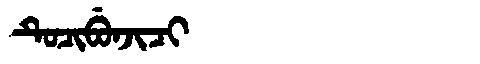
Manchu: ᡨᡠᠴᡳᠪᡠᠨᠵᡳᠴᡳ
Romanization: TUCIBUNJICI